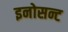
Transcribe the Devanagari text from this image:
इनोसन्ट